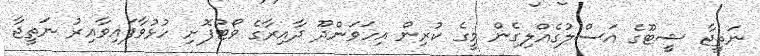
ނަތީޖާ ޝީޓޫގެ އަސްލުގެއްލިގެން މީގެ ކުރިން އިހަވަންދޫ ދާއިރާގެ ވޯޓުފޮށި ހުޅުވާފައިވާއިރު ނަތީޖާ